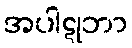
အပါဋုဘာ